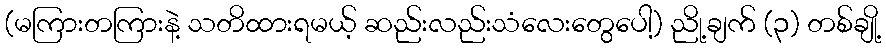
(မကြားတကြားနဲ့ သတိထားရမယ့် ဆည်းလည်းသံလေးတွေပေါ့) ညို့ချက် (၃) တစ်ချို့